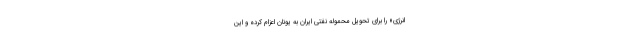
انرژی» را برای تحویل محموله نفتی ایران به یونان اعزام کرده و این